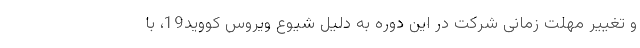
و تغییر مهلت زمانی شرکت در این دوره به دلیل شیوع ویروس کووید19، با